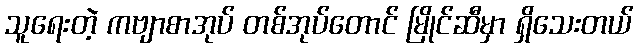
သူရေးတဲ့ ကဗျာစာအုပ် တစ်အုပ်တောင် မြိုင်ဆီမှာ ရှိသေးတယ်